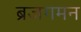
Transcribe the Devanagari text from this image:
ब्रजगमन